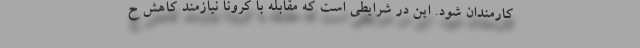
کارمندان شود. این در شرایطی است که مقابله با کرونا نیازمند کاهش ح